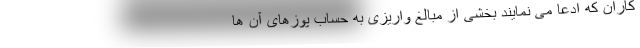
کاران که ادعا می نمایند بخشی از مبالغ واریزی به حساب پوزهای آن ها